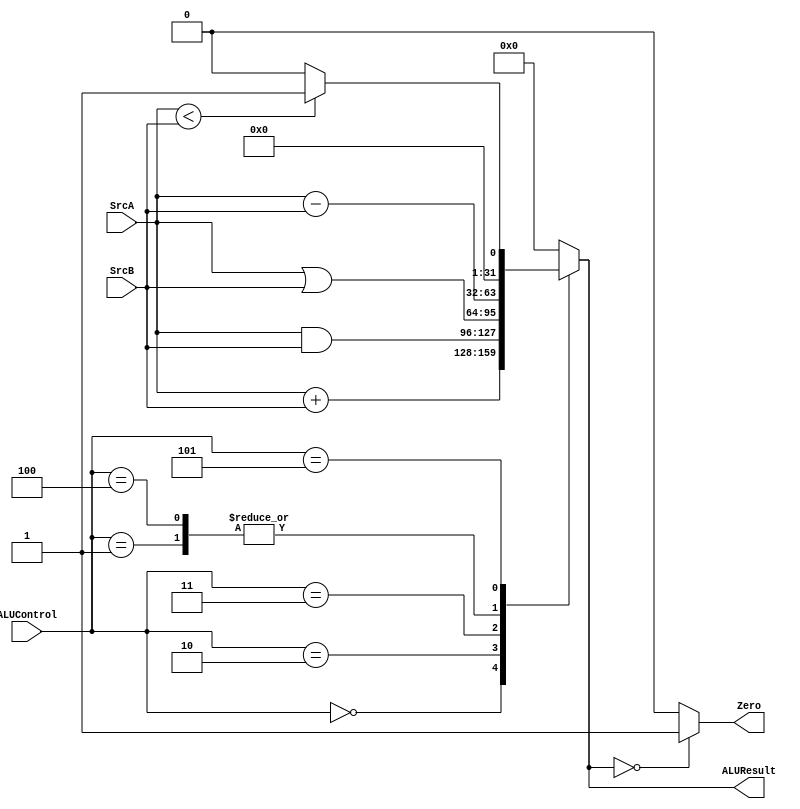
module ALU(

    input wire [31:0] SrcA,
    input wire [31:0] SrcB,
    input wire [2:0] ALUControl,
    output reg Zero,
    output reg [31:0]ALUResult
);



always @(*) begin
  case (ALUControl)
    0:  //ADD
        ALUResult = SrcA + SrcB;
    1:  //SUBTRACT
        ALUResult = SrcA - SrcB;
    2:  // AND
        ALUResult = SrcA & SrcB;
    3: // OR
        ALUResult = SrcA | SrcB;  
    4:  // SUBTRACT
        ALUResult = SrcA - SrcB;
    5:  // SET LESS THAN (SLT)
        ALUResult = SrcA < SrcB ? 1:0;
    
    default:
         ALUResult = 32'd0;
    endcase
 end

always @(*) begin
    if(ALUResult == 0)
        Zero = 1;
    else
        Zero = 0;
    
end

endmodule